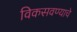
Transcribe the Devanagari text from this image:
विकसवण्याचे